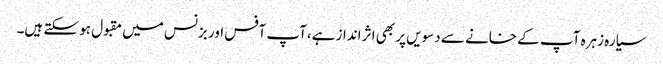
سیارہ زہرہ آپ کے خانے سے دسویں پر بھی اثر انداز ہے،آپ آفس اور بزنس میں مقبول ہو سکتے ہیں۔